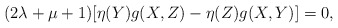
\begin{align*}(2\lambda+\mu+1)[\eta(Y)g(X,Z)-\eta(Z)g(X,Y)]=0,\end{align*}